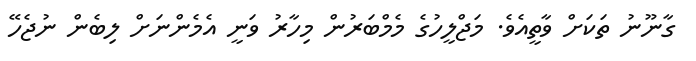
ގާނޫނު ތަކަށް ވާތީއެވެ. މަޖްލީހުގެ މެމްބަރުން މިހާރު ވަނީ އެމެންނަށް ލިބެން ނުޖެހޭ